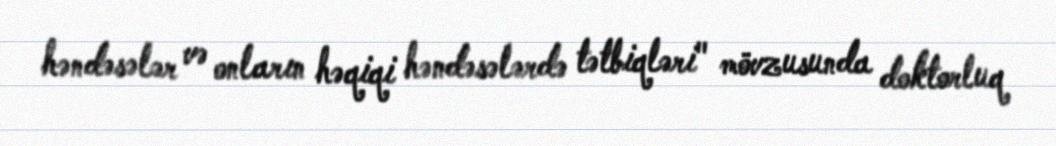
həndəsələr və onların həqiqi həndəsələrdə tətbiqləri" mövzusunda doktorluq